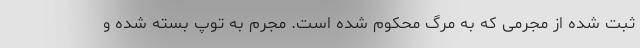
ثبت شده از مجرمی که به مرگ محکوم شده است. مجرم به توپ بسته شده و